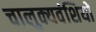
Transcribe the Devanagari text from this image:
चालुक्यवंशियों